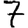
Digit: 7